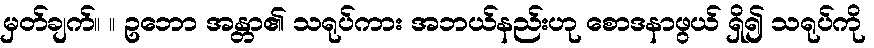
မှတ်ချက်။ ။ ဥဘော အန္တာ၏ သရုပ်ကား အဘယ်နည်းဟု စောဒနာဖွယ် ရှိ၍ သရုပ်ကို